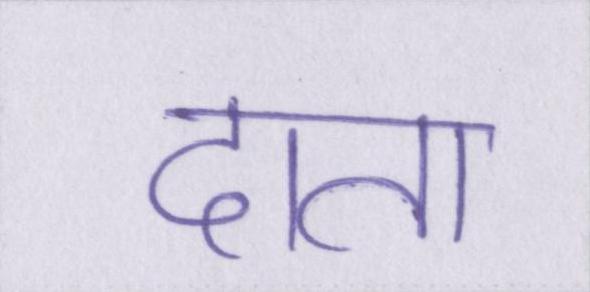
दाता